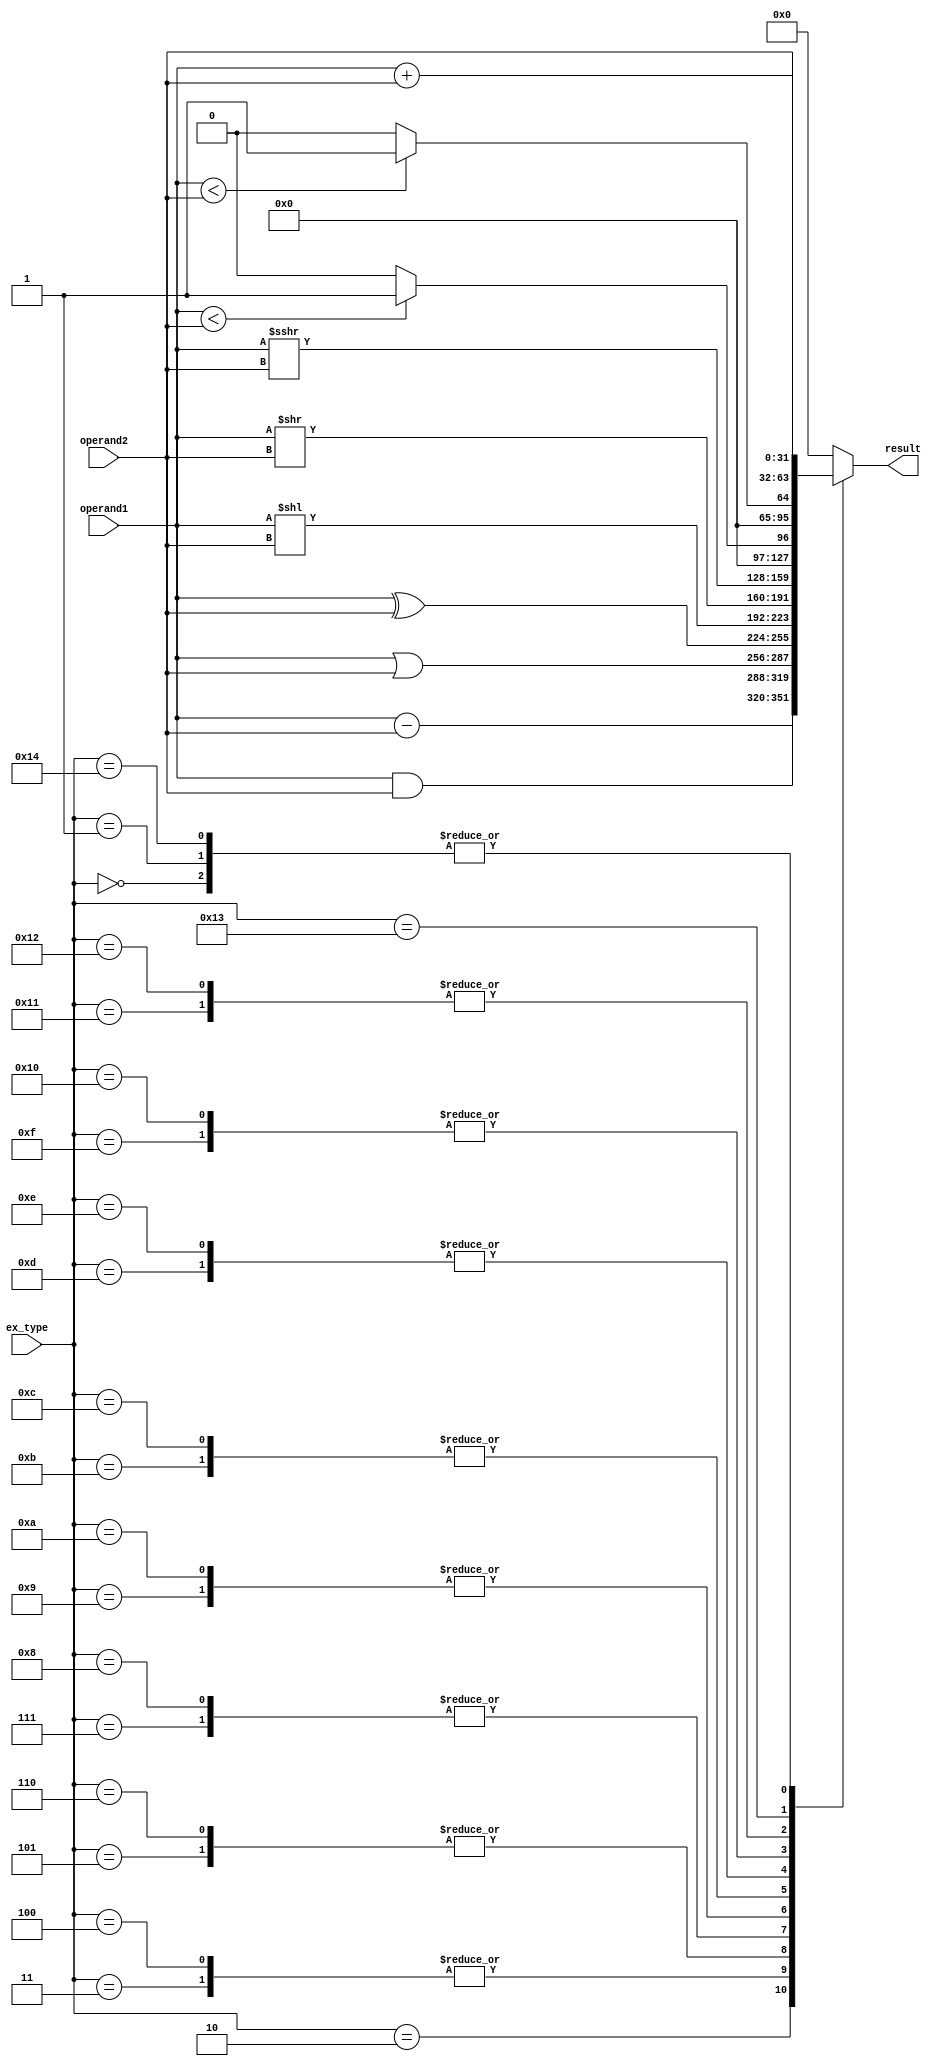
module ALU(
    input wire [31:0] operand1,
    input wire [31:0] operand2,
    input wire [5:0] ex_type,
    output reg [31:0] result 
);

    always @(*) begin
        case(ex_type) 
            6'd0: result = operand1 + operand2; // add
            6'd1: result = operand1 + operand2; // addi
            6'd2: result = operand1 - operand2; // sub
            6'd3: result = operand1 & operand2; // and
            6'd4: result = operand1 & operand2; // andi
            6'd5: result = operand1 | operand2; // or
            6'd6: result = operand1 | operand2; // ori
            6'd7: result = operand1 ^ operand2; // xor
            6'd8: result = operand1 ^ operand2; // xori
            6'd9: result = operand1 << operand2; // sll
            6'd10: result = operand1 << operand2; // slli
            6'd11: result = operand1 >> operand2; // srl
            6'd12: result = operand1 >> operand2; // srli
            6'd13: result = $signed(operand1) >>> operand2; // sra
            6'd14: result = $signed(operand1) >>> operand2; // srai
            6'd15: result = ($signed(operand1) < $signed(operand2)) ? 32'd1 : 32'd0; //slt
            6'd16: result = ($signed(operand1) < $signed(operand2)) ? 32'd1 : 32'd0; //slti
            6'd17: result = (operand1 < operand2) ? 32'd1 : 32'd0; // sltu
            6'd18: result = (operand1 < operand2) ? 32'd1 : 32'd0; // sltiu
            6'd19: result = operand2;
            6'd20: result = operand1 + operand2;
            default:  result = 32'd0;
        endcase	
	end
endmodule